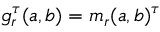
g _ { r } ^ { \tau } ( a , b ) = m _ { r } ( a , b ) ^ { \tau }